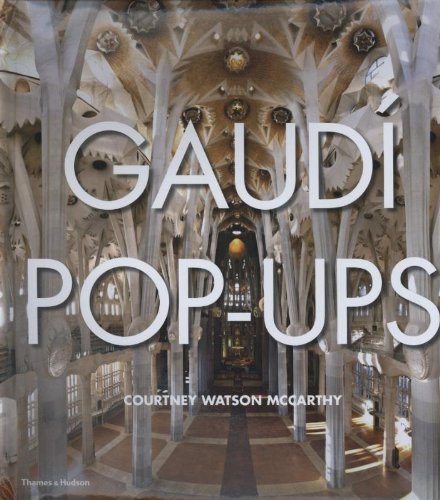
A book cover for Gaudi Pop-Ups; Arts & Photography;